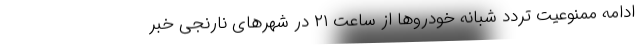
ادامه ممنوعیت تردد شبانه خودرو‌ها از ساعت ۲۱ در شهر‌های نارنجی خبر